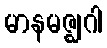
မာနမဇ္ဈဂါ